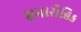
સમારોહિક